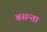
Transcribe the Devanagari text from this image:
बसन्ता